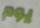
يوم